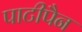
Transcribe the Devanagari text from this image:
पाटीपैन